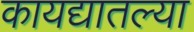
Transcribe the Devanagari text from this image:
कायद्यातल्या